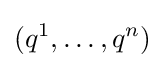
(q^{1},\ldots ,q^{n})